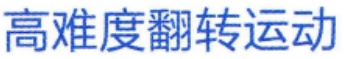
高难度翻转运动